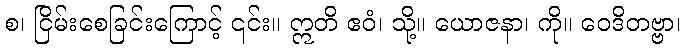
စ၊ ငြိမ်းစေခြင်းကြောင့် ၎င်း။ ဣတိ ဧဝံ၊ သို့။ ယောဇနာ၊ ကို။ ဝေဒိတဗ္ဗာ၊